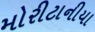
મોરીટાનીયા